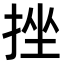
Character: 挫